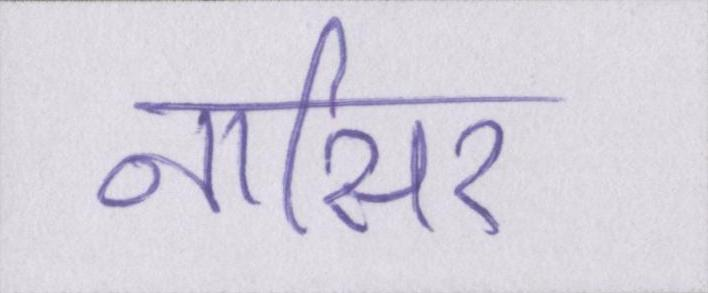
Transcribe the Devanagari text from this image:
नासिर